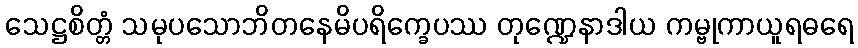
သေဋ္ဌစိတ္တံ သမုပသောဘိတနေမိပရိက္ခေပဿ တုဏ္ဍေနာဒါယ ကမ္ဗုကာယူရဓရေ